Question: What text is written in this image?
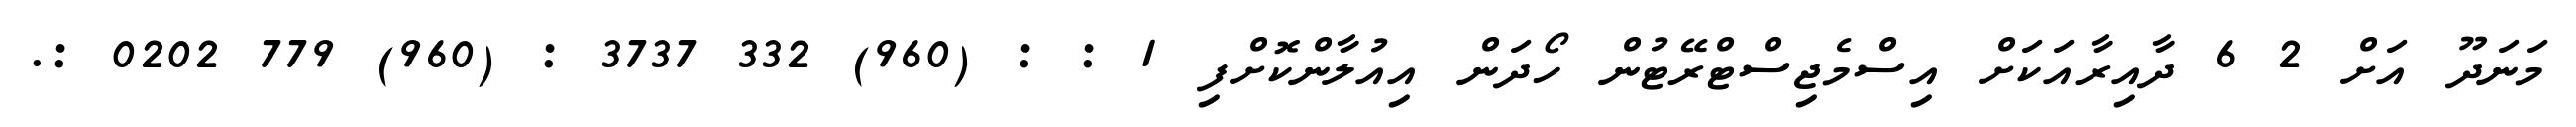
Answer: މަނަދޫ އަށް 2 6 ދާއިރާއަކަށް އިސްމެޖިސްޓްރޭޓުން ހޯދަން އިއުލާންކޮށްފި 1 : : (960) 332 3737 : (960) 779 0202 :.